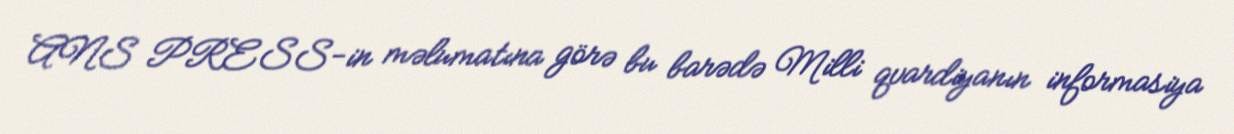
ANS PRESS-in məlumatına görə bu barədə Milli qvardiyanın informasiya